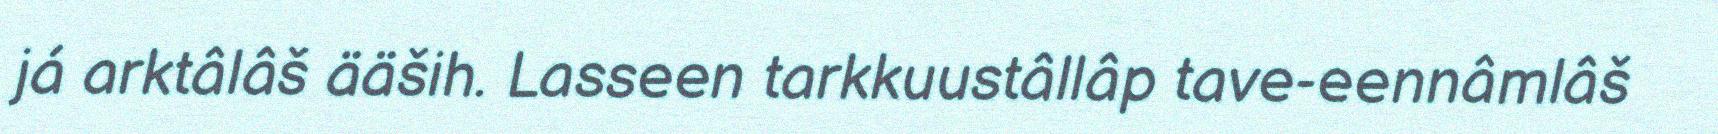
já arktâlâš ääših. Lasseen tarkkuustâllâp tave-eennâmlâš